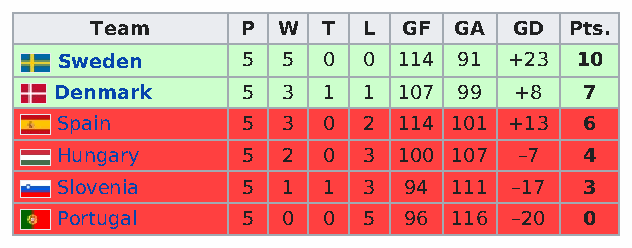
Team      P W  T  L  GF GA  GD  Pts.
 Sweden      5  5 0  0 114 91  +23 10
 Denmark     5  3 1  1 107 99  +8   7
 Spain       5  3 0  2 114 101 +13  6
 Hungary     5  2 0  3 100 107 –7   4
 Slovenia    5  1 1  3  94 111 –17  3
 Portugal    5  0 0  5  96 116 –20  0